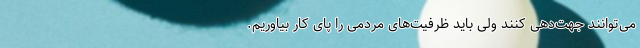
می‌توانند جهت‌دهی کنند ولی باید ظرفیت‌های مردمی را پای کار بیاوریم.